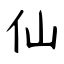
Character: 仙